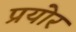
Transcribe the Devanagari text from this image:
प्रयोर